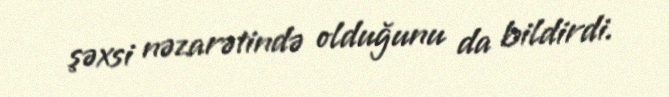
şəxsi nəzarətində olduğunu da bildirdi.